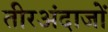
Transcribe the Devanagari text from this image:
तीरअंदाजों